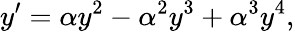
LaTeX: y^{\prime}=\alpha y^{2}-\alpha^{2}y^{3}+\alpha^{3}y^{4},